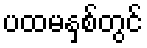
ပထမနှစ်တွင်